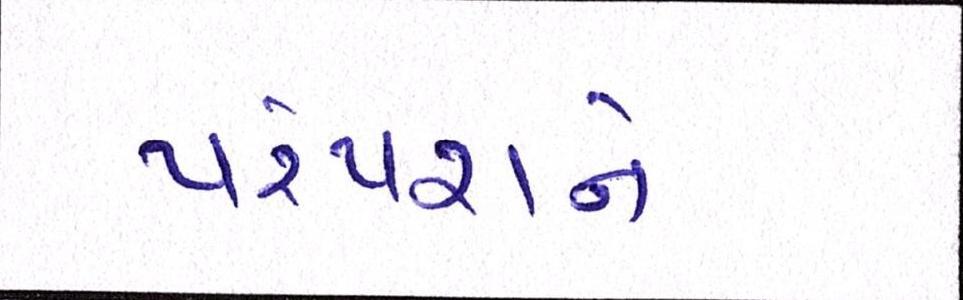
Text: પરંપરાને